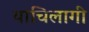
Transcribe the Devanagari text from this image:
याचिलागीं